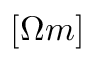
[ \Omega m ]